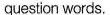
question words.